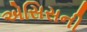
એસિસની